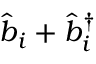
\hat { b } _ { i } + \hat { b } _ { i } ^ { \dagger }